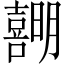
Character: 𪢣